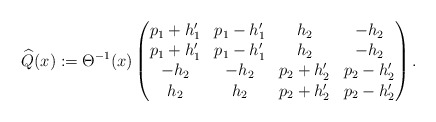
\begin{align*} \widehat{Q}(x) := \Theta^{-1}(x) \begin{pmatrix} p_1+h_1' & p_1-h_1' & h_2 & -h_2 \\ p_1+h_1' & p_1-h_1' & h_2 & -h_2 \\ -h_2 & -h_2 & p_2+h_2' & p_2-h_2' \\ h_2 & h_2 & p_2+h_2' & p_2-h_2' \end{pmatrix}.\end{align*}